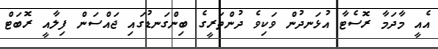
އެއީ މާދަމާ ރޮސެޓާ އުޅަނދުން ވަކިވެ ދުންތަރީގެ ބިންގަނޑުގައި ޖައްސަން ފިލާއީ ރޮބަޓް